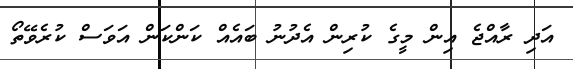
އަދި ރާއްޖެ އިން މީގެ ކުރިން އެދުނު ބައެއް ކަންކަން އަވަސް ކުރެވޭތޯ